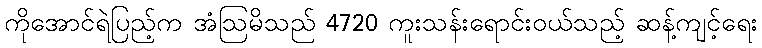
ကိုအောင်ရဲပြည့်က အံဩမိသည် 4720 ကူးသန်းရောင်းဝယ်သည့် ဆန့်ကျင့်ရေး